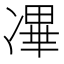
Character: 㓖